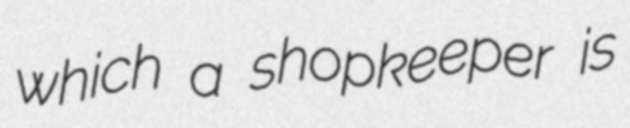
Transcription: which a shopkeeper is